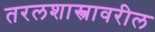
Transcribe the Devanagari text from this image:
तरलशास्त्रावरील